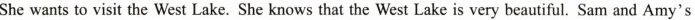
She wants to visit the West Lake. She knows that the West Lake is very beautiful. Sam and Amy's